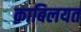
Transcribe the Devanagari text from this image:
क़ाबिलयत